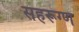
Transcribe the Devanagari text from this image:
सहरूग्ण